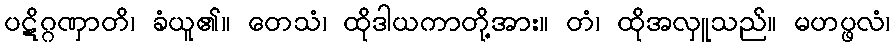
ပဋိဂ္ဂဏှာတိ၊ ခံယူ၏။ တေသံ၊ ထိုဒါယကာတို့အား။ တံ၊ ထိုအလှူသည်။ မဟပ္ဖလံ၊